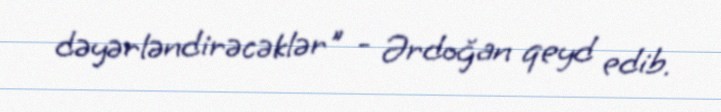
dəyərləndirəcəklər" - Ərdoğan qeyd edib.